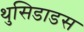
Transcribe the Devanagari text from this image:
थुसिडाडस